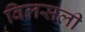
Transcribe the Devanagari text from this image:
विलसली